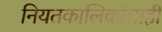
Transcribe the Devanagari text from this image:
नियतकालिकांचाही